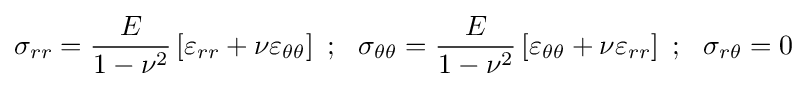
\sigma _{rr}={\frac {E}{1-\nu ^{2}}}\left[\varepsilon _{rr}+\nu \varepsilon _{\theta \theta }\right]~;~~\sigma _{\theta \theta }={\frac {E}{1-\nu ^{2}}}\left[\varepsilon _{\theta \theta }+\nu \varepsilon _{rr}\right]~;~~\sigma _{r\theta }=0